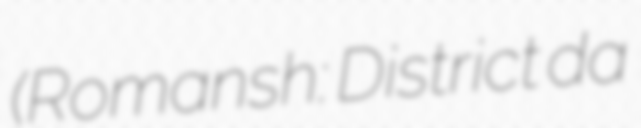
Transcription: (Romansh: District da